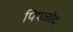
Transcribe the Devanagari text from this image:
पिपळोद